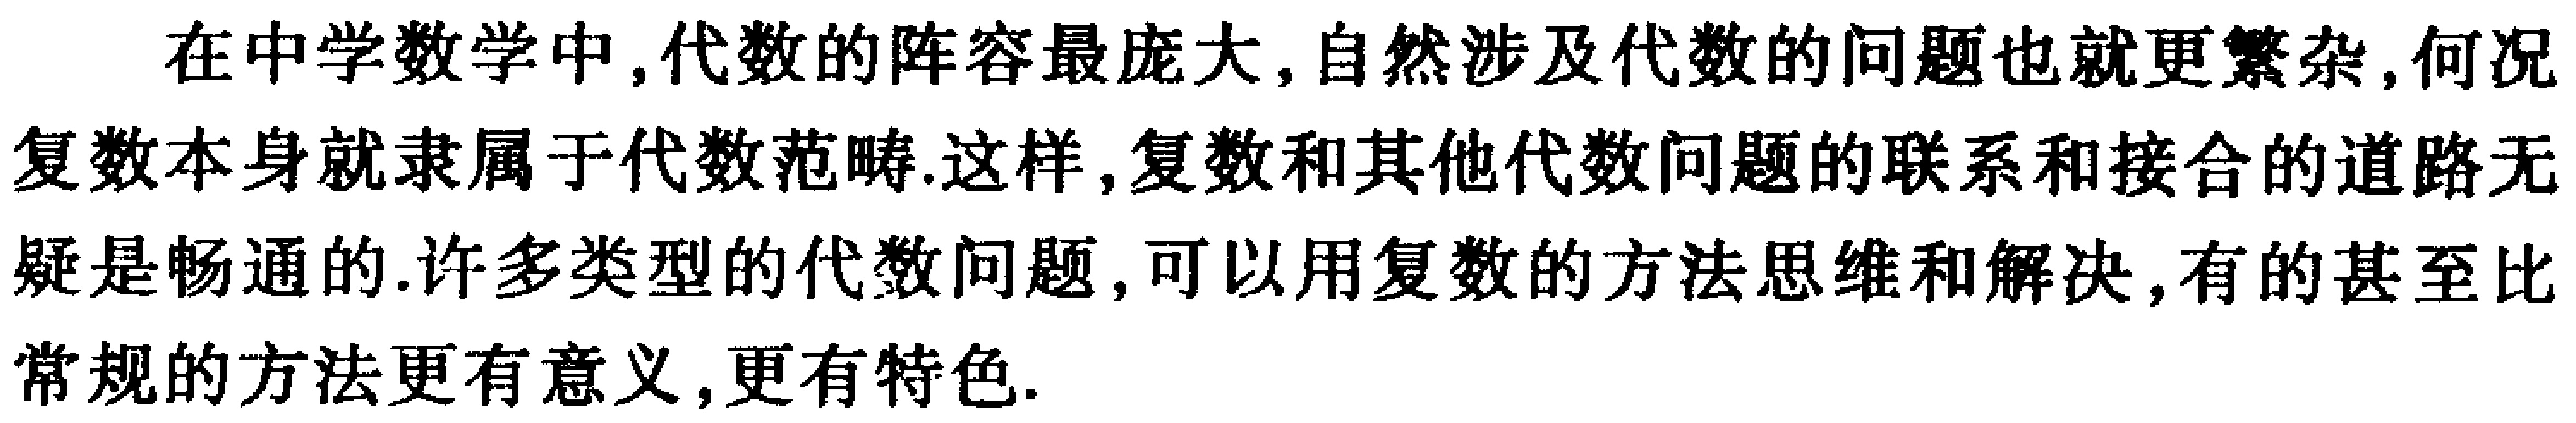
在中学数学中,代数的阵容最庞大,自然涉及代数的问题也就更繁杂,何况复数本身就隶属于代数范畴.这样,复数和其他代数问题的联系和接合的道路无疑是畅通的.许多类型的代数问题,可以用复数的方法思维和解决,有的甚至比常规的方法更有意义,更有特色.